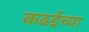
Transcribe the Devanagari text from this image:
कढईच्या